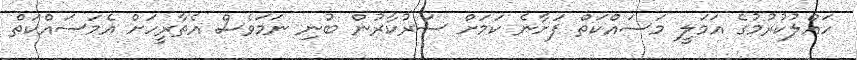
ހައްލުކުރުމުގެ އަމަލީ މަސައްކަތް ފަށާނެ ކަމަށް ސަރުކާރުން ބުނި ނަމަވެސް އެތާރީހަށް އެމަސައްކަތް